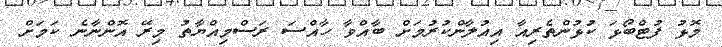
މޮޅު ފުޓްބޯޅަ ކުޅުންތެރިއާ އިއުލާންކުރުމަށް ބާއްވާ ހާއްސަ ރަސްމިއްޔާތު މިރޭ އޮންނާނެ ކަމަށް